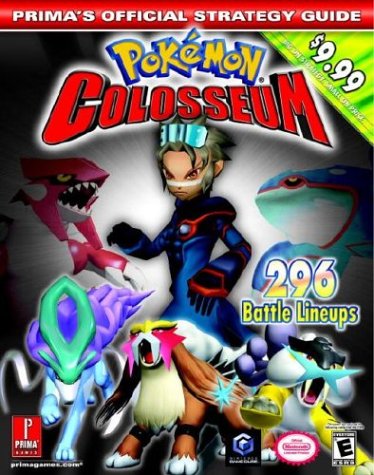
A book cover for Pokemon Colosseum (Prima's Official Strategy Guide); Fletcher Black; Computers & Technology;